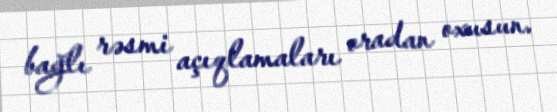
bağlı rəsmi açıqlamaları oradan oxusun.